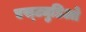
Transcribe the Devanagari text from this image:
एस्ट्युडिओ